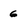
Character: 6